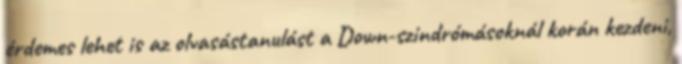
érdemes lehet is az olvasástanulást a Down-szindrómásoknál korán kezdeni,